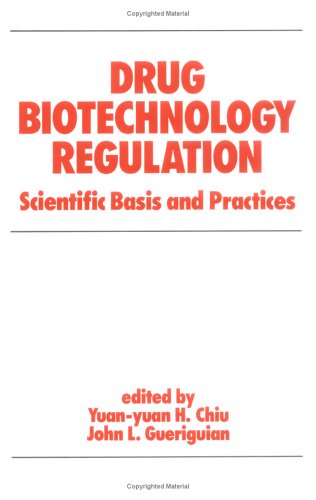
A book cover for Drug Biotechnology Regulation: Scientific Basis and Practices (Biotechnology and Bioprocessing); Y. Chiu; Medical Books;